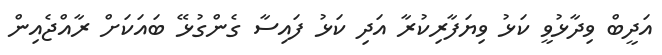
އަދީބް ވިދާޅުވީ ކަޅު ވިޔަފާރިކުރާ އަދި ކަޅު ފައިސާ ގެންގުޅޭ ބައަކަށް ރާއްޖެއިން